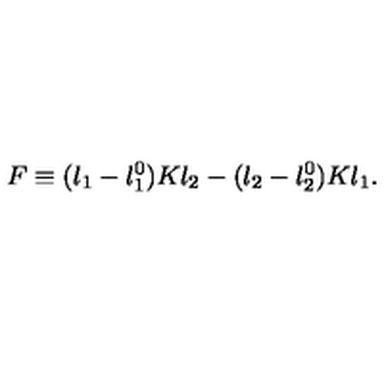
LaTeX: F \equiv ( \l _ { 1 } - \l _ { 1 } ^ { 0 } ) K \l _ { 2 } - ( \l _ { 2 } - \l _ { 2 } ^ { 0 } ) K \l _ { 1 } .